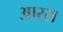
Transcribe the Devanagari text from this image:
आररा